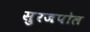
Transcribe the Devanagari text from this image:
सुरजपोल